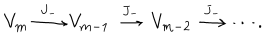
V _ { m } \stackrel { J _ { - } } { \longrightarrow } V _ { m - 1 } \stackrel { J _ { - } } { \longrightarrow } V _ { m - 2 } \stackrel { J _ { - } } { \longrightarrow } \cdots .